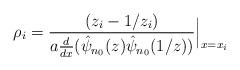
LaTeX: \begin{align*}\rho_i=\frac{(z_i-1/z_i)}{a\frac d{d x}(\hat\psi_{n_0}(z)\hat\psi_{n_0}(1/z))}\Big|_{x=x_i}\end{align*}